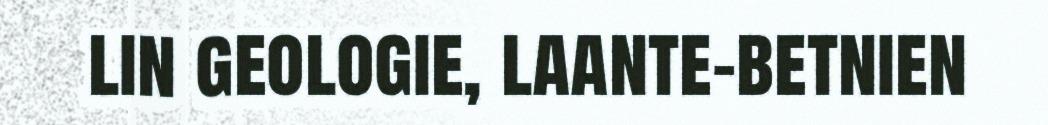
lin geologie, laante-betnien